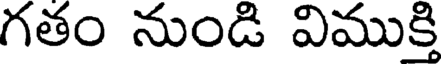
గతం నుండి విముక్తి